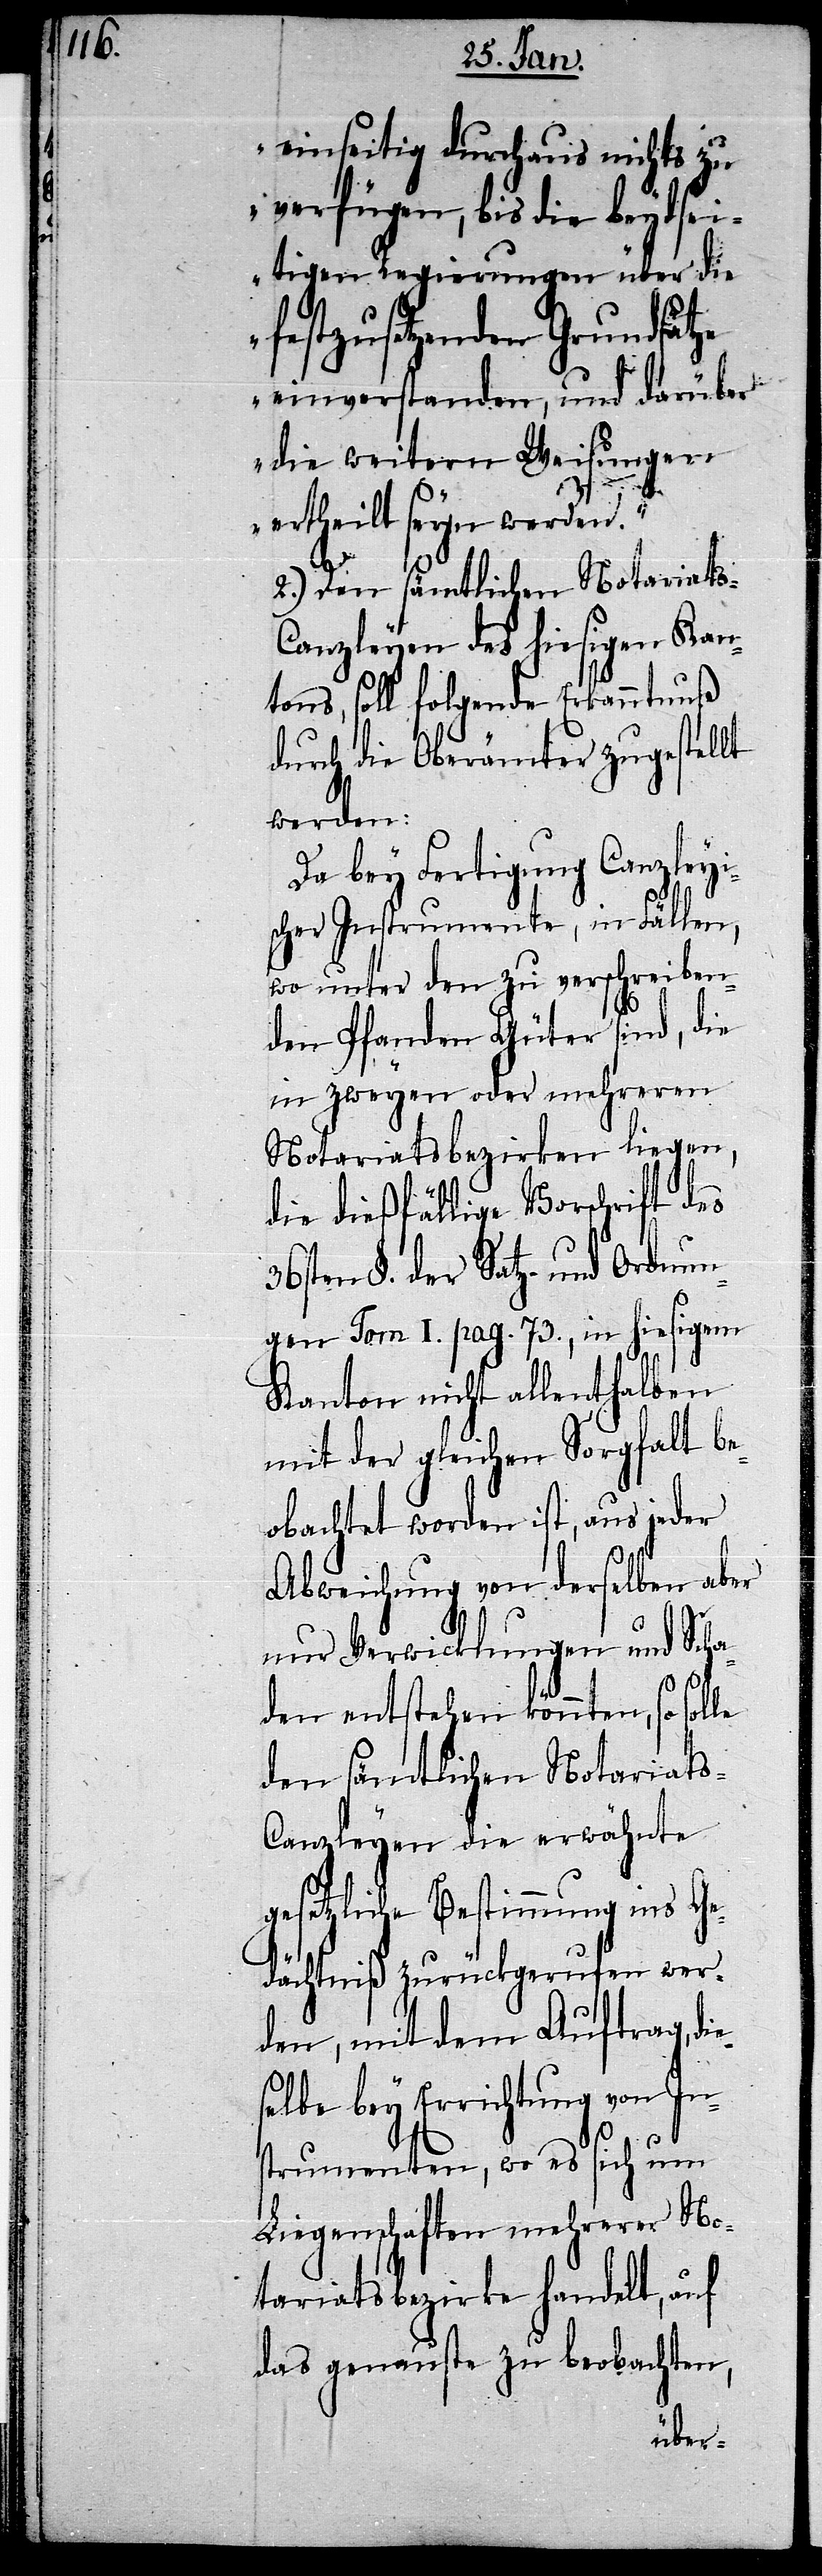
einseitig durchaus nichts zu
verfügen, bis die beydsei¬
tigen Regierungen über die
festzusetzenden Grundsätze
einverstanden, und darüber
die weitern Weisungen
ertheilt seyn werden.“
2.) Den sämtlichen Notariat¬
s-Canzleyen des hiesigen Kan¬
tons, soll folgende Erkanntnuß
durch die Oberämter zugestellt
werden:
Da bey Fertigung Canzleyi¬
scher Instrumente, in Fällen,
wo unter den zu verschreiben¬
den Pfanden Güter sind, die
in zweyen oder mehreren
Notariatsbezirken liegen,
die dießfällige Vorschrift des
36sten §. der Satz- und Ordnun¬
gen Tom I. pag. 73., in hiesigem
Kanton nicht allenthalben
mit der gleichen Sorgfalt be¬
obachtet worden ist, aus jeder
Abweichung von derselben aber
nur Verwicklungen und Scha¬
es¬
den entstehen könnten, so solle
den sämtlichen Notariat¬
s-Canzleyen die erwähnte
gesetzliche Bestimmung ins Ge¬
dächtniß zurückgerufen wer¬
den, mit dem Auftrag, di¬
elbe bey Errichtung von In¬
strumenten, wo es sich um
Liegenschaften mehrerer No¬
tariatsbezirke handelt, auf
das genauste zu beobachten,